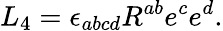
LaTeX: L_{4}=\epsilon_{abcd}R^{ab}e^{c}e^{d}.